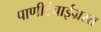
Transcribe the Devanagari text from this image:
पाणीटंचाईग्रस्त